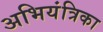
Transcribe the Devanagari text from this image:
अभियंत्रिका